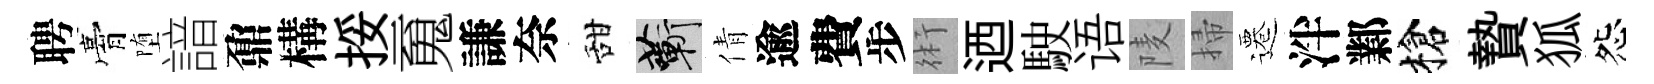
聘膏堕諳鼐構挼䰟謙奈甜蔪倩逾費步術迺駛语𨹧掃遷泮鄴槍贄狐怨